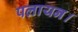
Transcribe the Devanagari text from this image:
पलायन।